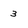
Character: 3